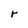
Character: r